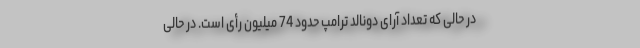
در حالی که تعداد آرای دونالد ترامپ حدود 74 میلیون رأی است. در حالی